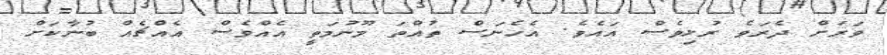
ވަރަށް ދެރަވެ ރުޅިވެސް އައެވެ. އެހެނަސް ތުއްތަ މޫނުމަތީ އެއްވެސް އެއްޗެެއް ބުނާކަށް